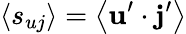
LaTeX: \left\langle s_{uj}\right\rangle=\left\langle\mathbf{u}^{\prime}\cdot\mathbf{j}^{\prime}\right\rangle